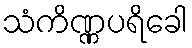
သံကိဏ္ဏပရိခေါ